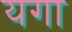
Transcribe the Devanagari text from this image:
यगा